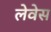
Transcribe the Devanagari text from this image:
लेवेस